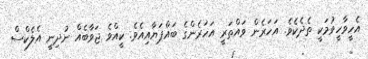
އެހީވާހީވުމަކީ ތެދެކެވެ. އަހަރެން ވައްތަރީ އަހަރެންގެ ބައްޕަޔާއިއެވެ. ކީއްވެ ޖަވާބެއް ނުދިނީ އެލެކްސް